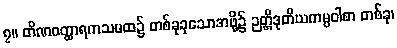
၇။ တိဏဝတ္ထာရကသမထ၌ တစ်ခုခုသောအဖို့၌ ဉတ္တိဒုတိယကမ္မဝါစာ တစ်ခု၊